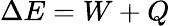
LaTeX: \Delta{}E=W+Q